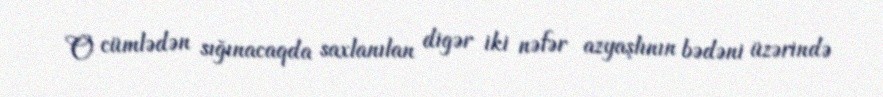
O cümlədən sığınacaqda saxlanılan digər iki nəfər azyaşlının bədəni üzərində